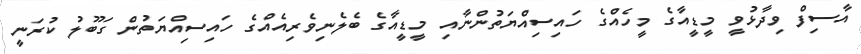
އާސިފް ވިދާޅުވީ މީޑީއާގެ މީހެއްގެ ހައިސިއްޔަތުންނާއި މީޑީއާގެ ބެލެނިވެރިއެއްގެ ހައިސިއްޔަތުން ގަބޫލު ކުރަނީ